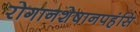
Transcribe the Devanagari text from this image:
रोगानशेषानपहंसि